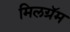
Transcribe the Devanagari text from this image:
मिलग्रॅम